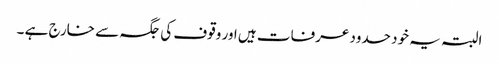
البتہ یہ خود حدود عرفات ہیں اور وقوف کی جگہ سے خارج ہے ۔